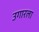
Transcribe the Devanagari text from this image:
उगारला